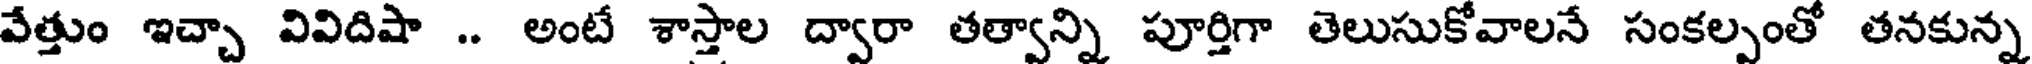
వేత్తుం ఇచ్చా వివిదిషా .. అంటే శాస్తాల ద్వారా తత్వాన్ని పూర్తిగా తెలుసుకోవాలనే సంకల్పంతో తనకున్న